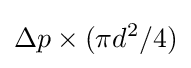
\Delta p\times (\pi d^{2}/4)